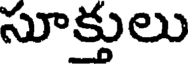
సూక్తులు